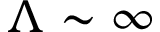
\Lambda \sim \infty